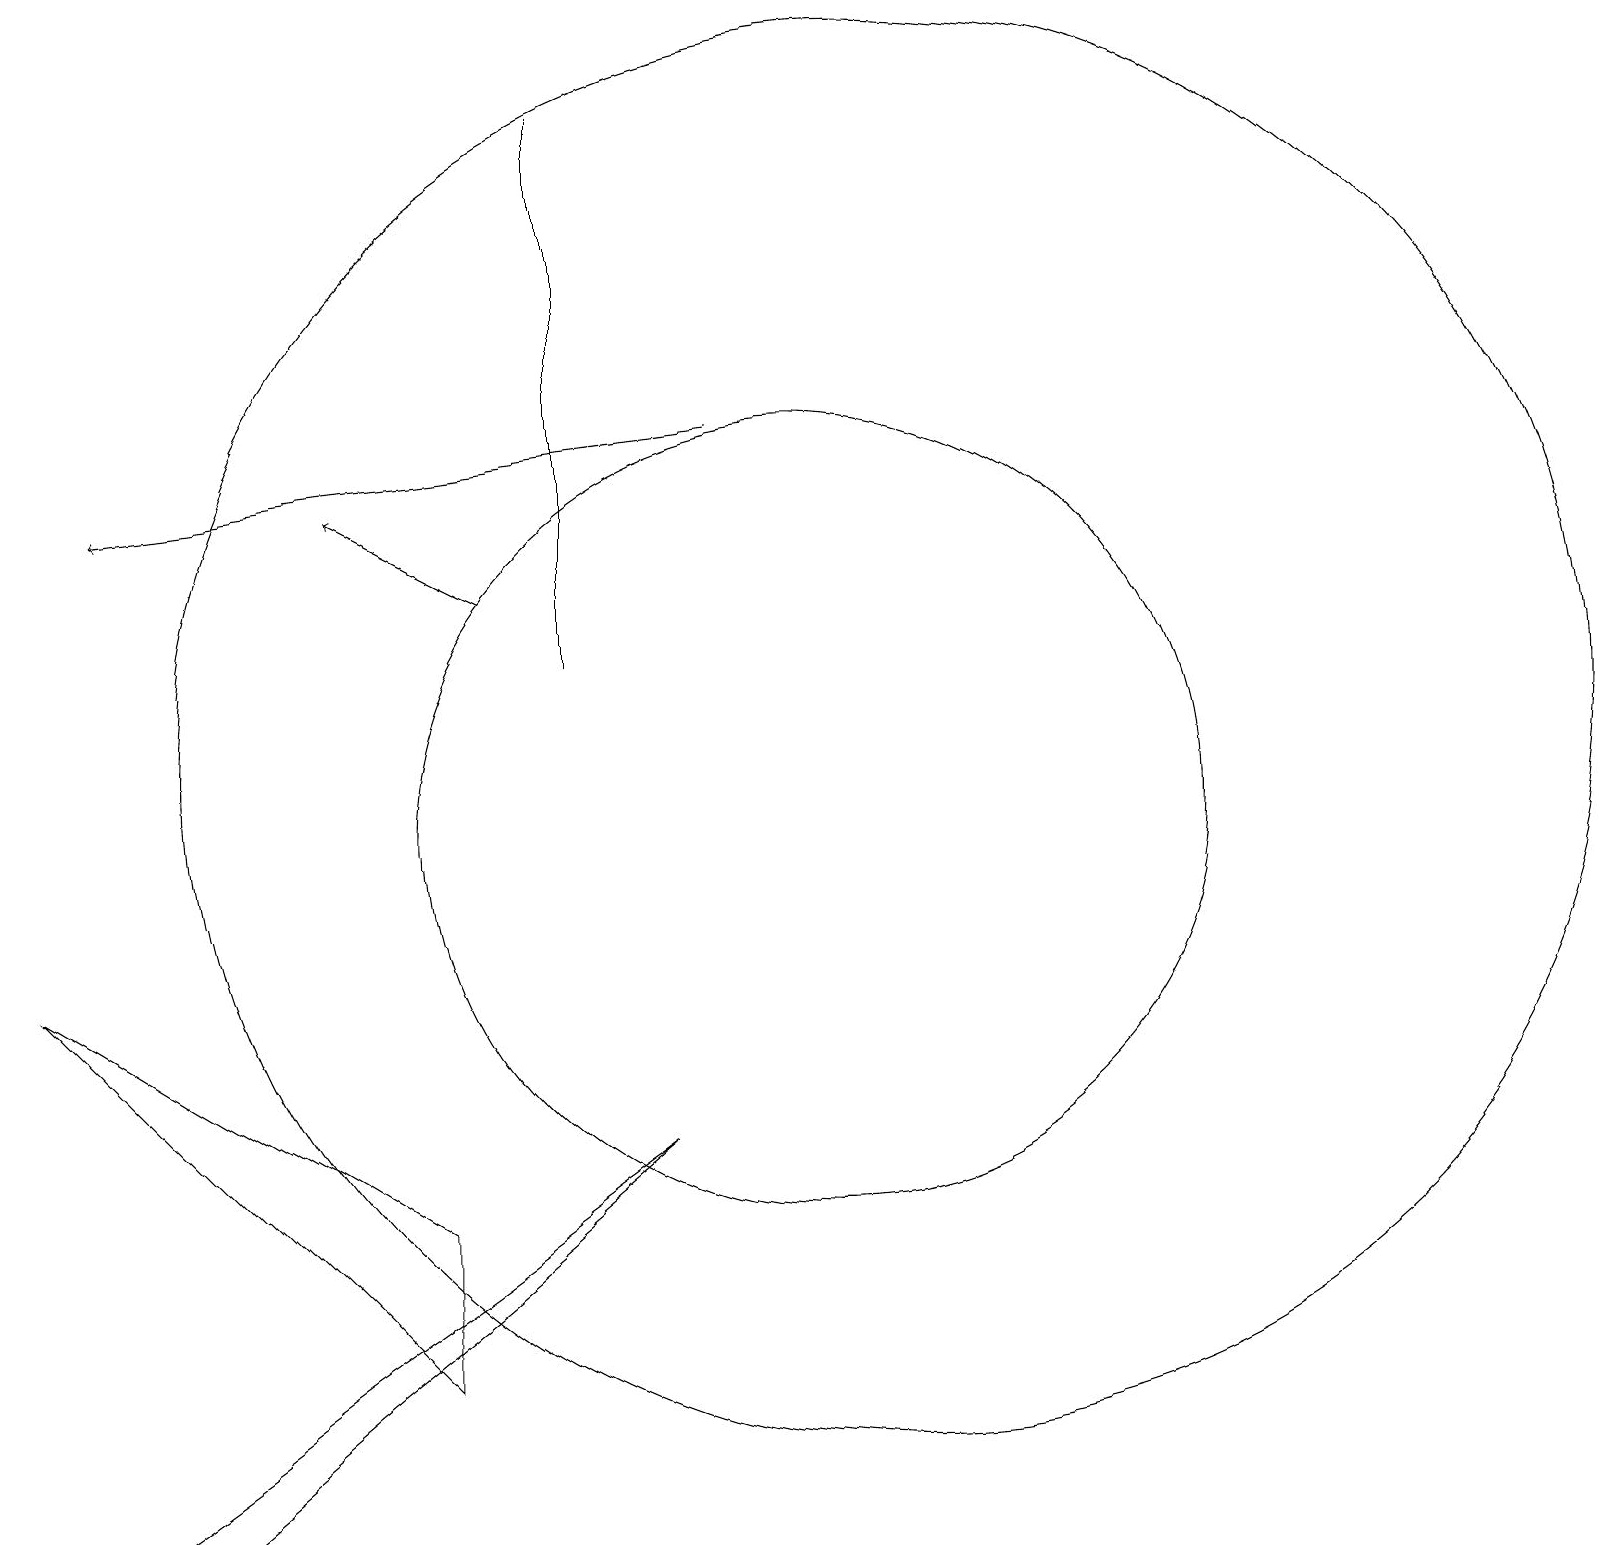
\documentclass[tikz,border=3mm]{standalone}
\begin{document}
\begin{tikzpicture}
\draw (10,10) circle (5);
\draw[->] (9,15) -- (1,14);
\draw (11,11) circle (9);
\draw (7,12) rectangle (7,19);
\draw (2,1) -- (1,1) -- (8,6) -- cycle;
\draw (5,3) -- (5,5) -- (0,8) -- cycle;
\draw[->] (6,13) -- (4,14);
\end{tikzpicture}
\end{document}